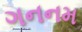
ગનનમ